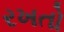
રખતો